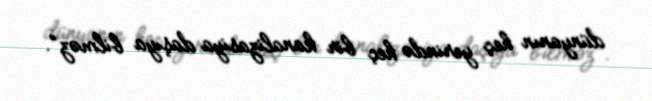
dünyanın heç yerində heç bir kanalizasiya daşıya bilməz”.